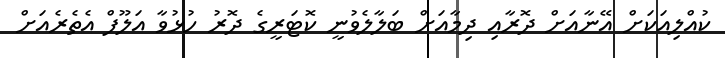
ކުއްލިއަކަށް އޭނާއަށް ދޮރާއި ދިމާއަށް ބަލާލެވުނީ ކޮޓަރީގެ ދޮރު ހުޅުވާ އަލޫފް އެތެރެއަށް